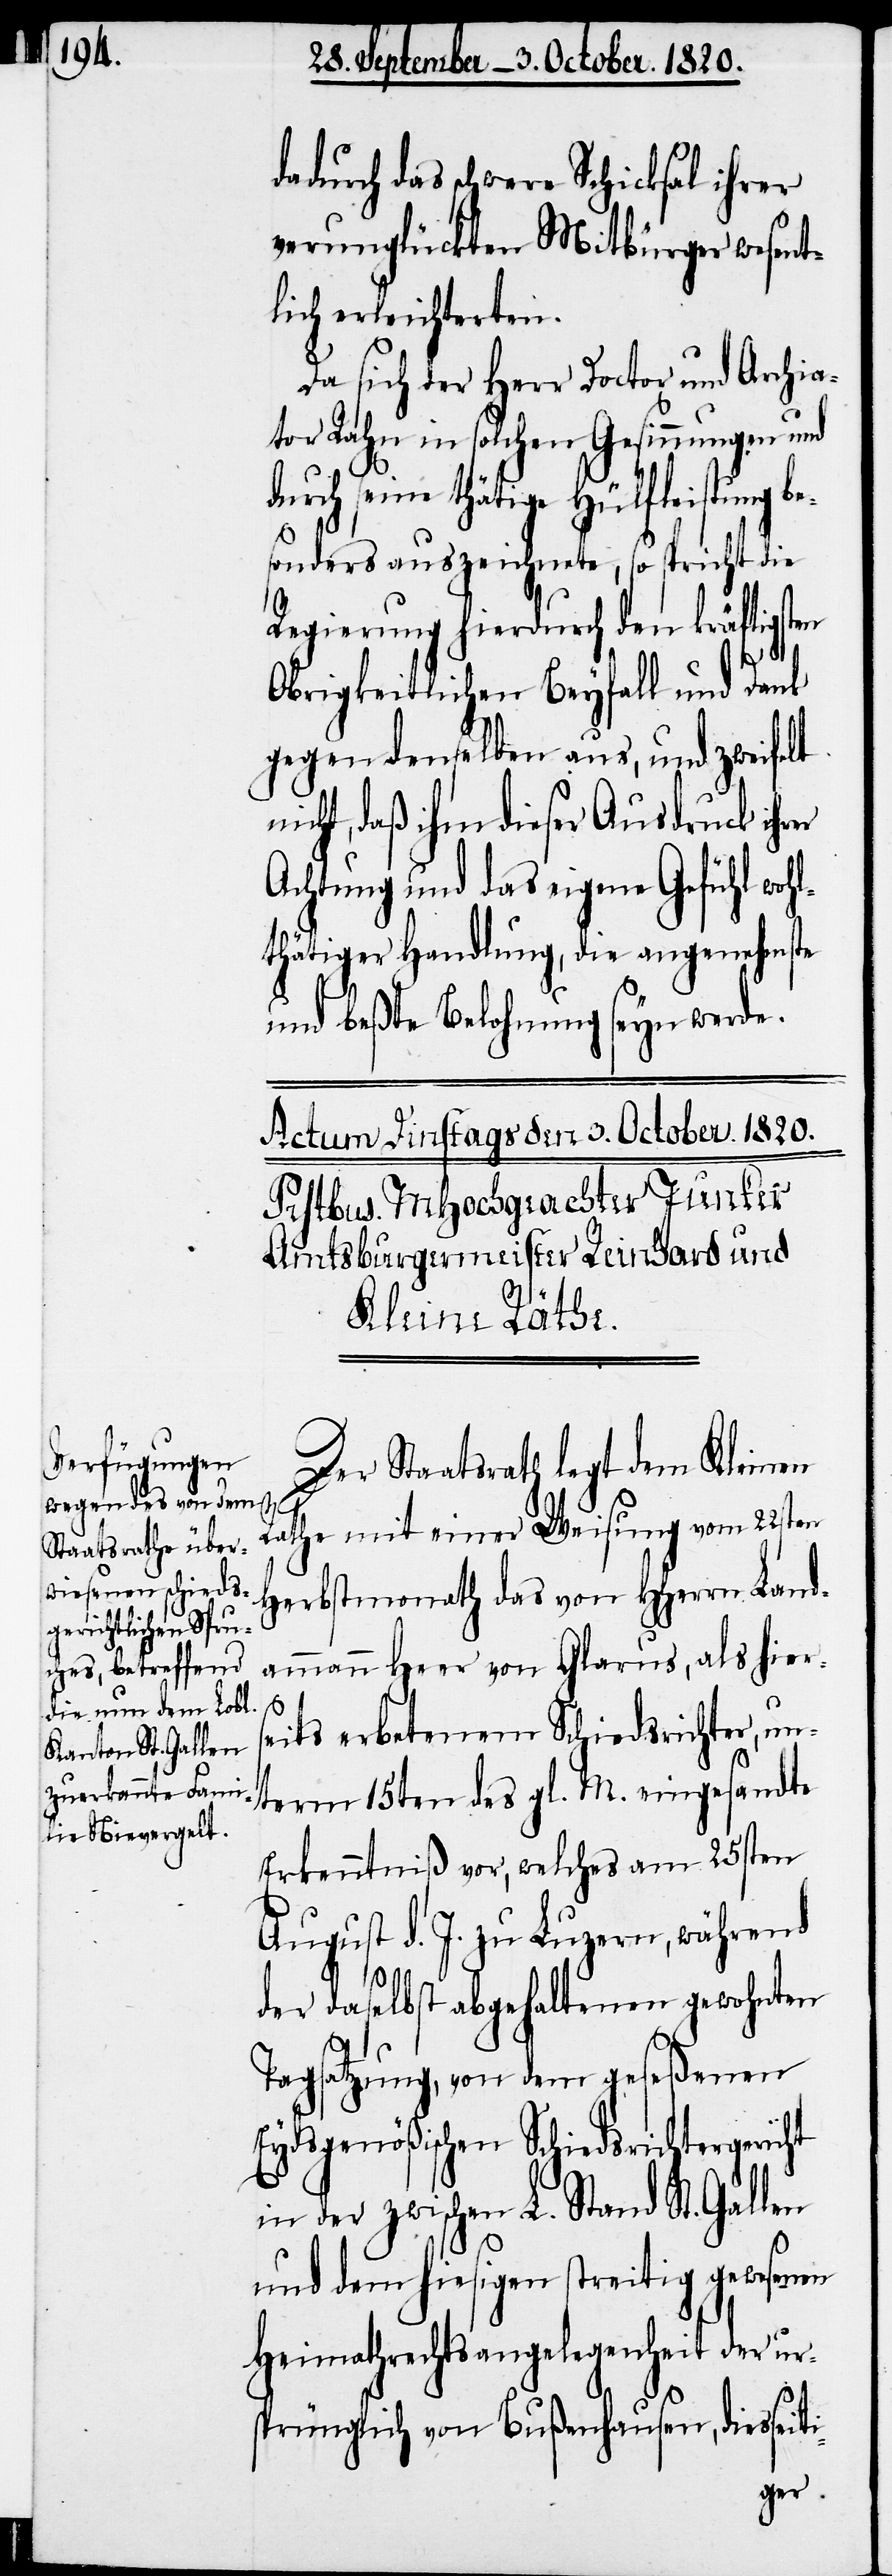
dadurch das schwere Schicksal ihrer
verunglückten Mitbürger wesent¬
lich erleichterten.
Da sich der Herr Doctor und Archia¬
tor Rahn in solchen Gesinnungen und
durch seine thätige Hülfleistung b¬
sonders auszeichnete, so spricht die
Regierung hierdurch den kräftigsten
Obrigkeitlichen Beyfall und Dank
gegen denselben aus, und zweifelt
nicht, daß ihm dieser Ausdruck ihrer
Achtung und das eigene Gefühl wohl¬
thätiger Handlung, die angenehmste
und beßte Belohnung seyn werde.
Der Staatsrath legt dem Kleinen
iti-
Rathe mit einer Weisung vom 22sten
Herbstmonath das von HHerrn Land¬
ammann Heer von Glarus, als hiers¬
e¬
eits erbetenem Schiedsrichter, un¬
term 15ten des gl. M. eingesandte
Erkenntniß vor, welches am 25sten
August d. J. zu Luzern, während
der daselbst abgehaltenen gewohnten
Tagsatzung, von dem geseßenen
Eydsgenößischen Schiedsrichtergeric¬
in der zwischen L. Stand St. Gallen
und den hiesigen streitig gewesenen
Heimathrechtsangelegenheit der ur¬
sprünglich von Bußenhausen, diesse¬